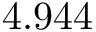
4 . 9 4 4